Indian journal of veterinary science and animal husbandry - Volume 11,
Year: 1941
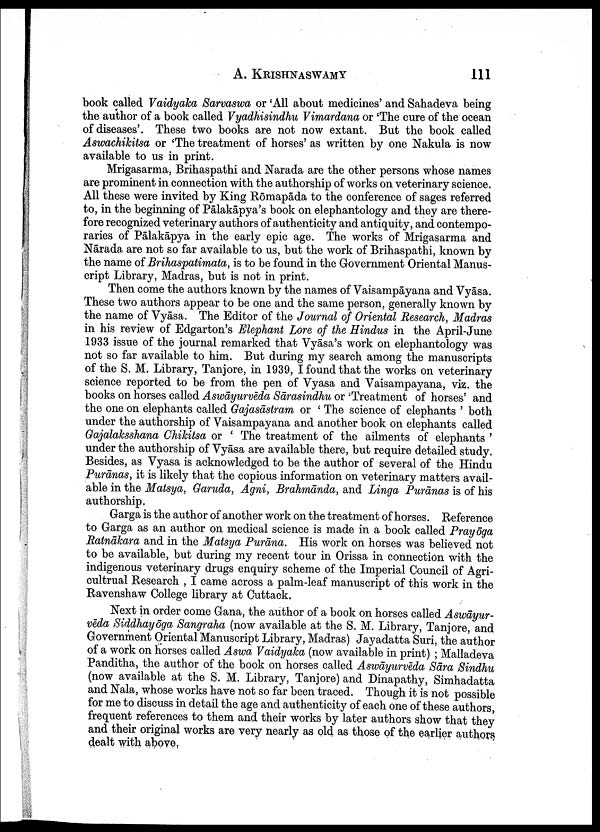
A.
KRISHNASWAMY
111
book called Vaidyaka Sarvaswa or 'All about medicines' and Sahadeva being
the author of a book called Vyadhisindhu Vimardana or 'The cure of the ocean
of diseases'. These two books are not now extant. But the book called
Aswachikitsa or 'The treatment of horses' as written by one Nakula is now
available to us in print.
Mrigasarma, Brihaspathi and Narada are the other persons whose names
are prominent in connection with the authorship of works on veterinary science.
All these were invited by King Rōmapāda to the conference of sages referred
to, in the beginning of Pālakāpya's book on elephantology and they are there
fore recognized veterinary authors of authenticity and antiquity, and contempo
raries of Pālakāpya in the early epic age. The works of Mrigasarma and
Nārada. are not so far available to us, but the work of Brihaspathi, known by
the name of Brihaspatimata, is to be found in the Government Oriental Manus
cript Library, Madras, but is not in print.
Then come the authors known by the names of Vaisampāyana and Vyāsa.
These two authors appear to be one and the same person, generally known by
the name of Vyāsa. The Editor of the Journal of Oriental Research, Madras
in his review of Edgarton's Elephant Lore of the Hindus in the April-June
1933 issue of the journal remarked that Vyāsa's work on elephantology was
not so far available to him. But during my search among the manuscripts
of the S. M. Library, Tanjore, in 1939, I found that the works on veterinary
science reported to be from the pen of Vyasa and Vaisampayana, viz. the
books on horses called Aswāyurvēda Sārasindhu or 'Treatment of horses' and
the one on elephants called Gajasāstram or ' The science of elephants ' both
under the authorship of Vaisampayana and another book on elephants called
Gajalaksshana Chikitsa or ' The treatment of the ailments of elephants '
under the authorship of Vyāsa are available there, but require detailed study.
Besides, as Vyasa is acknowledged to be the author of several of the Hindu
Purānas, it is likely that the copious information on veterinary matters avail
able in the Matsya, Garuda, Agni, Brahmānda, and Linga Purānas is of his
authorship.
Garga is the author of another work on the treatment of horses. Reference
to Garga as an author on medical science is made in a book called Prayōga
Ratnākara and in the Matsya Purāna. His work on horses was believed not
to be available, but during my recent tour in Orissa in connection with the
indigenous veterinary drugs enquiry scheme of the Imperial Council of Agri¬
cultrual Research , I came across a palm-leaf manuscript of this work in the
Ravenshaw College library at Cuttack.
Next in order come Gana, the author of a book on horses called Aswāyur
vēda Siddhayōga Sangraha (now available at the S. M. Library, Tanjore, and
Government Oriental Manuscript Library, Madras) Jayadatta Suri, the author
of a work on horses called Aswa Vaidyaka (now available in print) ; Malladeva
Panditha, the author of the book on horses called Aswāyurvēda Sāra Sindhu
(now available at the S. M. Library, Tanjore) and Dinapathy, Simhadatta
and Nala, whose works have not so far been traced. Though it is not possible
for me to discuss in detail the age and authenticity of each one of these authors,
frequent references to them and their works by later authors show that they
and their original works are very nearly as old as those of the earlier authors
dealt with above.